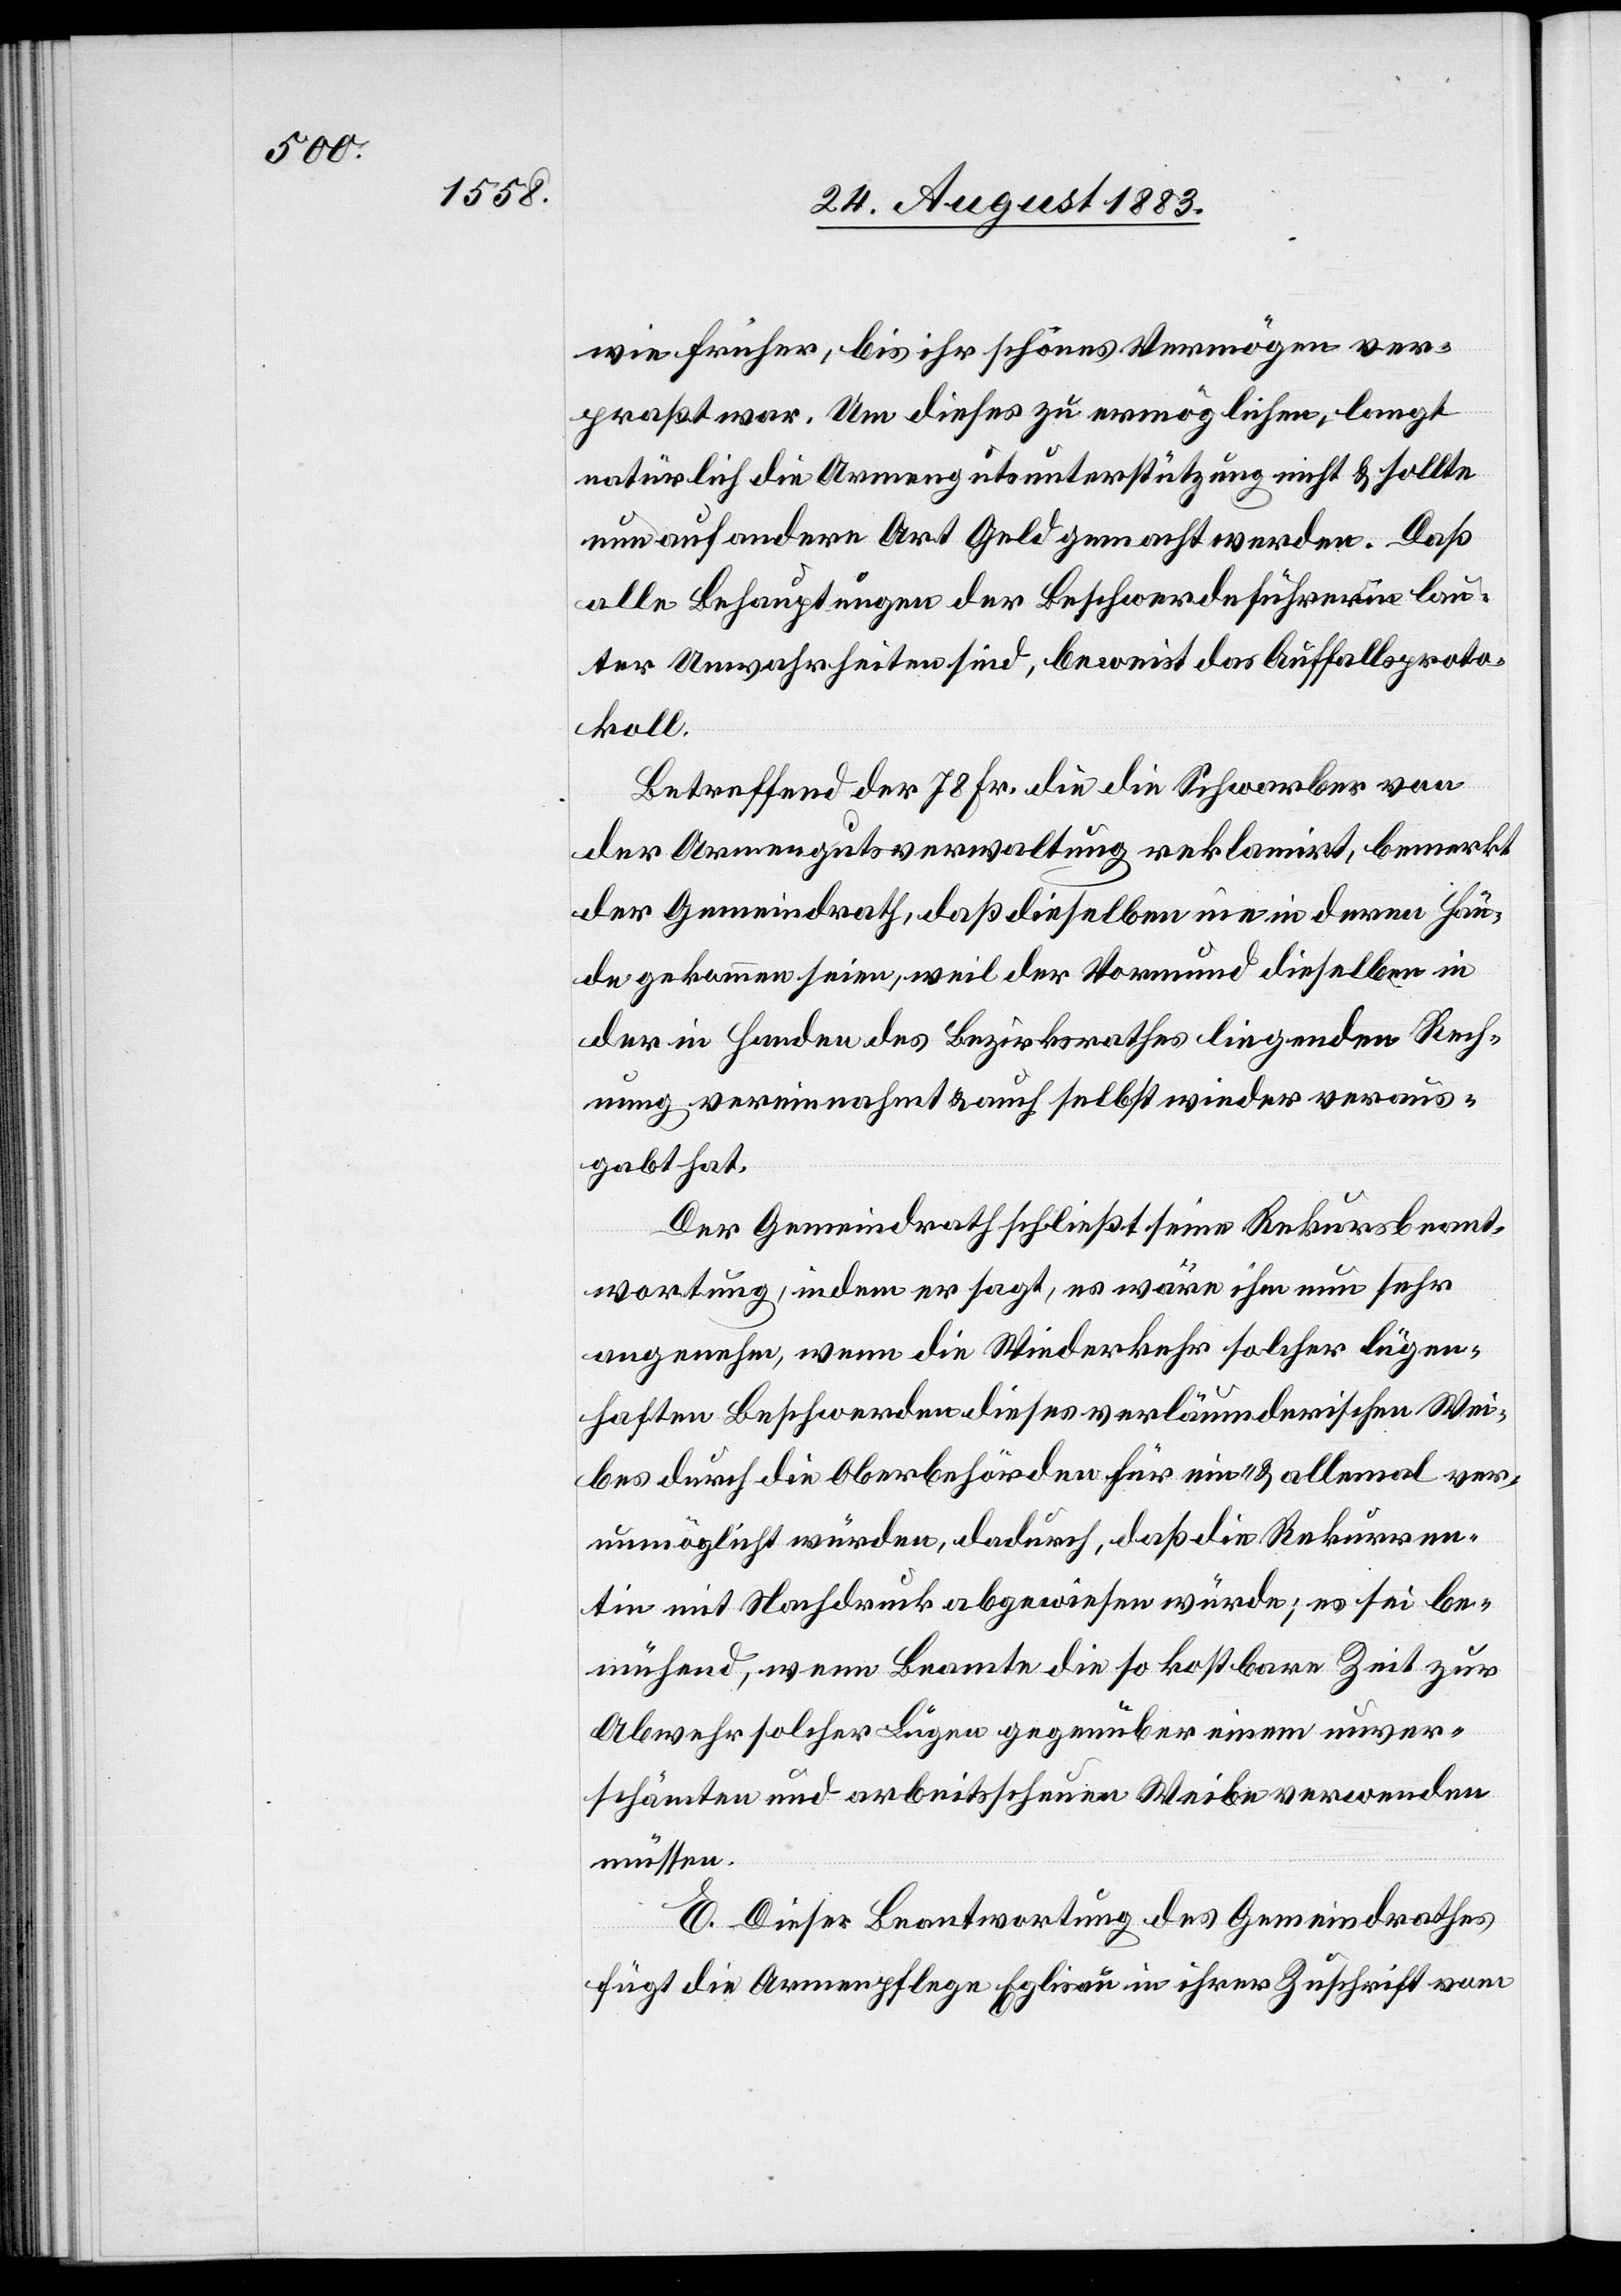
wie früher, bis ihr schönes Vermögen ver¬
praßt war. Um dieses zu ermöglichen, langt
natürlich die Armenunterstützung nicht & sollte
nun auf andere Art Geld gemacht werden. Daß
alle Behauptungen der Beschwerdeführerin lau¬
ter Unwahrheiten sind, beweist das Auffallsproto¬
koll.
Betreffend der 78 Fr. die die Schwarber von
der Armengutsverwaltung reklamirt, bemerkt
der Gemeindrath, daß dieselben nie in deren Hän¬
de gekommen seien, weil der Vormund dieselben in
der in Handen des Bezirksrathes liegenden Rech¬
nung vereinnahmt & auch selbst wieder veraus¬
gabt hat.
Der Gemeindrath schließt seine Rekursbeant¬
wortung, indem er sagt, es wäre ihm nun sehr
angenehm, wenn die Wiederkehr solche lügen¬
haften Beschwerden dieses verläumderischen Wei¬
bes durch die Oberbehörden für ein- & allemal ver¬
unmöglicht würden, dadurch, daß die Rekurren¬
tin mit Nachdruck abgewiesen würde; es sei be¬
mühend, wenn Beamte die so kostbare Zeit zur
Abwehr solcher Lügen gegenüber einem unver¬
schämten und arbeitsscheuen Weibe verwenden
müssen.
E. Dieser Beantwortung des Gemeindrathes
fügt die Armenpflege Eglisau in ihrer Zuschrift vom